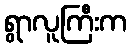
ရွာလူကြီးက